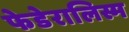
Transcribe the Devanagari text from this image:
फेडेरालिस्म